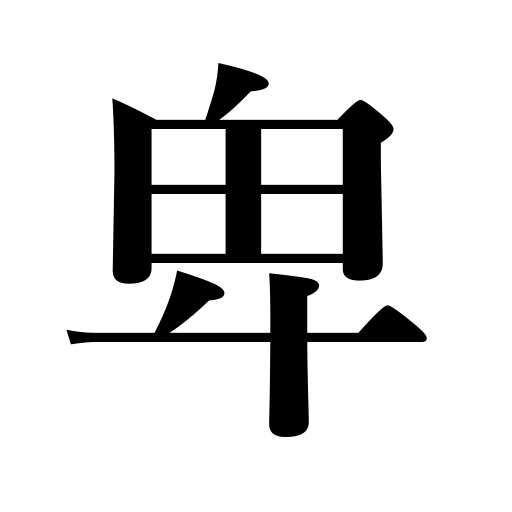
Meanings: base,vulgar,vile,humble,despise,mean,greedy